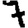
Digit: 7